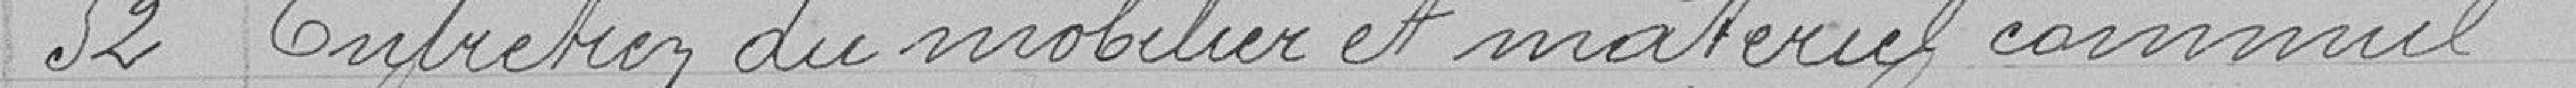
52 Entretien du mobilier et matériel commun